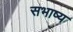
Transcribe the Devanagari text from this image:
सभाष्य